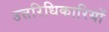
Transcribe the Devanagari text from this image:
उत्तरिधिकारियों